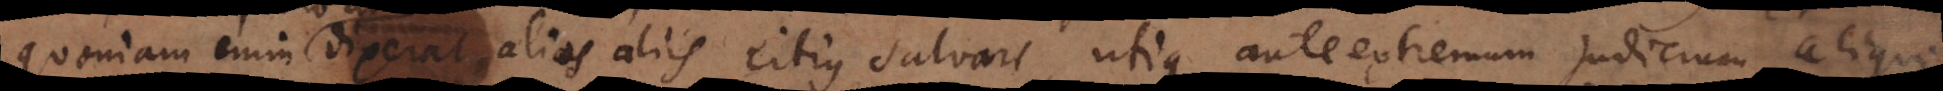
quoniam enim dixerat alios aliis citius salvari, utique ante extremum judicium aliqu